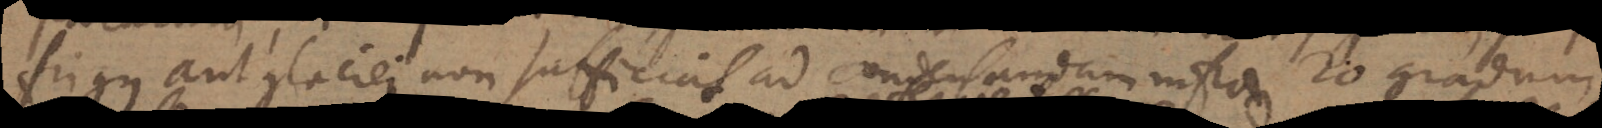
frigus aut glaciei non sufficiat ad condensandam infra 20 gradum